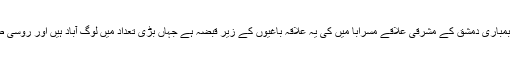
ایک خبر رساں ادارے کے مطابق روسی جیٹ طیاروں نے یہ بمباری دمشق کے مشرقی علاقے مسرابا میں کی یہ علاقہ باغیوں کے زیر قبضہ ہے جہاں بڑی تعداد میں لوگ آباد ہیں اور روسی طیاروں نے اسی گنجان آباد علاقے میں فضائی حملے کیے ہیں۔